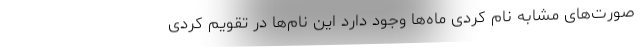
صورت‌های مشابه نام کردی ماه‌ها وجود دارد این نام‌ها در تقویم کردی